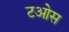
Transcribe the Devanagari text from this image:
टओस